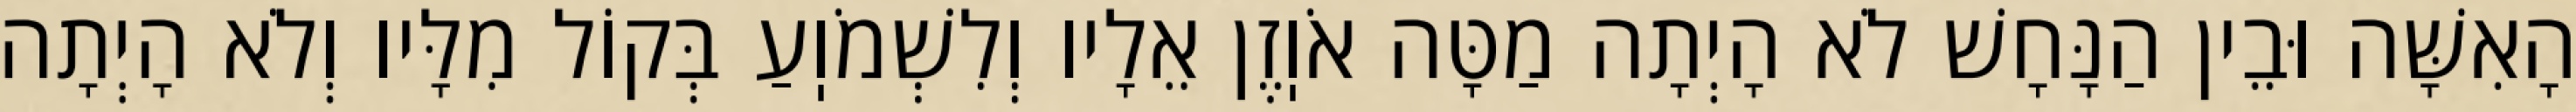
הָאִשָּׁה וּבֵין הַנָּחָשׁ לֹא הָיְתָה מַטָּה אֹוֽזֶן אֵלָיו וְלִשְׁמֹוֽעַ בְּקוֹל מִלָּיו וְלֹא הָיְתָה